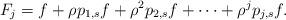
LaTeX: \begin{align*}F_j=f+\rho p_{1,s}f+\rho^2p_{2,s}f+\dots+\rho^{j}p_{j,s}f.\end{align*}